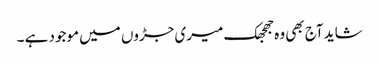
شاید آج بھی وہ جھجھک میری جڑوں میں موجود ہے ۔